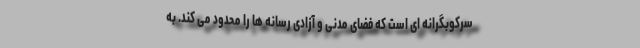
سرکوبگرانه ای است که فضای مدنی و آزادی رسانه ها را محدود می کند. به